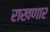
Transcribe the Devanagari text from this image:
राखणार